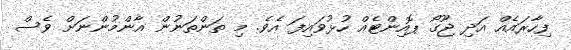
ފިހާރައެއް އަދި ޖޫގޯ ޕޮއިންޓެއް ހުޅުވައިފަ އެވެ. މި ތަންތަނުން އާންމުންނަށް ވެސް